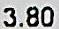
3.80